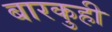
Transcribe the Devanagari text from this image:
बारकुही